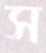
স